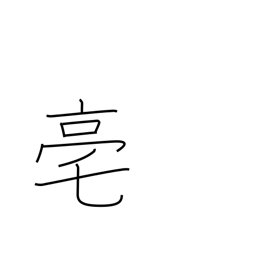
Meaning: an ancient Chinese capital